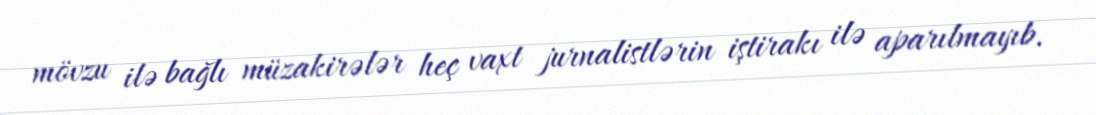
mövzu ilə bağlı müzakirələr heç vaxt jurnalistlərin iştirakı ilə aparılmayıb.